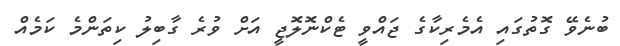
ބުނެވޭ ގޮތުގައި އެމެރިކާގެ ޖައްވީ ޓެކްނޮލޮޖީ އަށް ވުރެ ގާބިލު ކިތަންމެ ކަމެއް